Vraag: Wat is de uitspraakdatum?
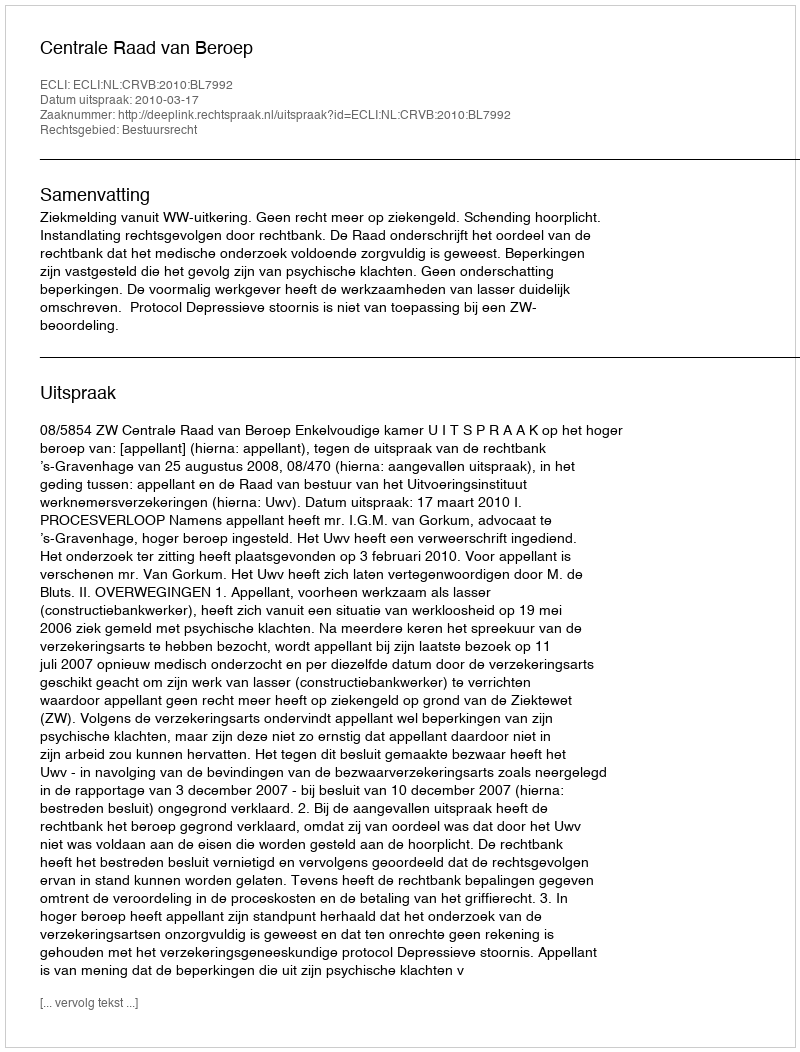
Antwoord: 2010-03-17